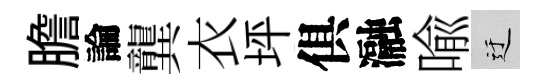
膽論龔衣坪俱瀜喩迂